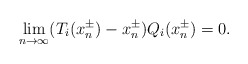
\begin{align*}\lim_{n \to \infty} (T_i(x^\pm_n)-x^\pm_n)Q_i(x^\pm_n) = 0.\end{align*}